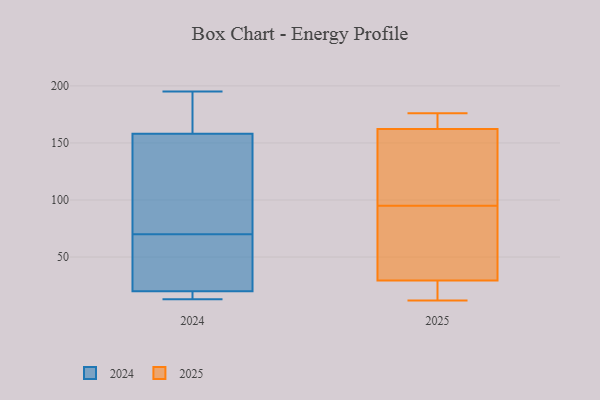
{"axis": {"x": "Page Views", "y": "Value"}, "legend": ["2024", "2025"], "data": [{"x": "", "y": 165, "type": "2025"}, {"x": "", "y": 40, "type": "2025"}, {"x": "", "y": 29, "type": "2025"}, {"x": "", "y": 17, "type": "2025"}, {"x": "", "y": 12, "type": "2025"}, {"x": "", "y": 29, "type": "2025"}, {"x": "", "y": 95, "type": "2025"}, {"x": "", "y": 51, "type": "2025"}, {"x": "", "y": 164, "type": "2025"}, {"x": "", "y": 75, "type": "2025"}, {"x": "", "y": 31, "type": "2025"}, {"x": "", "y": 100, "type": "2025"}, {"x": "", "y": 163, "type": "2025"}, {"x": "", "y": 160, "type": "2025"}, {"x": "", "y": 114, "type": "2025"}, {"x": "", "y": 168, "type": "2025"}, {"x": "", "y": 176, "type": "2025"}, {"x": "", "y": 142, "type": "2025"}, {"x": "", "y": 17, "type": "2025"}, {"x": "", "y": 195, "type": "2024"}, {"x": "", "y": 20, "type": "2024"}, {"x": "", "y": 18, "type": "2024"}, {"x": "", "y": 158, "type": "2024"}, {"x": "", "y": 71, "type": "2024"}, {"x": "", "y": 66, "type": "2024"}, {"x": "", "y": 160, "type": "2024"}, {"x": "", "y": 15, "type": "2024"}, {"x": "", "y": 13, "type": "2024"}, {"x": "", "y": 170, "type": "2024"}, {"x": "", "y": 109, "type": "2024"}, {"x": "", "y": 161, "type": "2024"}, {"x": "", "y": 112, "type": "2024"}, {"x": "", "y": 69, "type": "2024"}, {"x": "", "y": 131, "type": "2024"}, {"x": "", "y": 35, "type": "2024"}, {"x": "", "y": 15, "type": "2024"}, {"x": "", "y": 36, "type": "2024"}]}